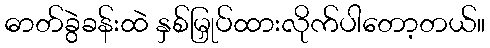
ဓာတ်ခွဲခန်းထဲ နှစ်မြှုပ်ထားလိုက်ပါတော့တယ်။